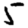
Digit: 5